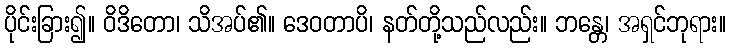
ပိုင်းခြား၍။ ဝိဒိတော၊ သိအပ်၏။ ဒေဝတာပိ၊ နတ်တို့သည်လည်း။ ဘန္တေ၊ အရှင်ဘုရား။